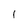
Character: l